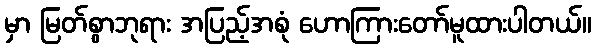
မှာ မြတ်စွာဘုရား အပြည့်အစုံ ဟောကြားတော်မူထားပါတယ်။